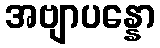
အဗျာပန္နော